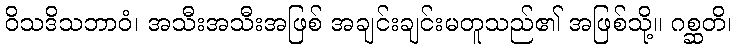
ဝိသဒိသဘာဝံ၊ အသီးအသီးအဖြစ် အချင်းချင်းမတူသည်၏ အဖြစ်သို့။ ဂစ္ဆတိ၊